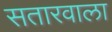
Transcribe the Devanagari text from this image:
सतारवाला